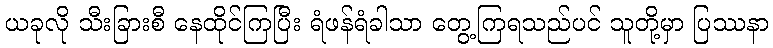
ယခုလို သီးခြားစီ နေထိုင်ကြပြီး ရံဖန်ရံခါသာ တွေ့ကြရသည်ပင် သူတို့မှာ ပြဿနာ